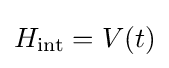
H_{\rm {int}}=V(t)